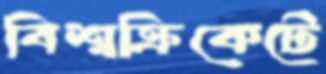
বিশ্বক্রিকেটে